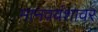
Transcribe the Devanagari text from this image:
मानववंशावर